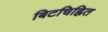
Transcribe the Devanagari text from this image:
बिटचिह्नित